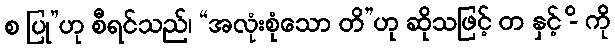
စ ပြု”ဟု စီရင်သည်၊ “အလုံးစုံသော တိ”ဟု ဆိုသဖြင့် တ နှင့် -ိ ကို